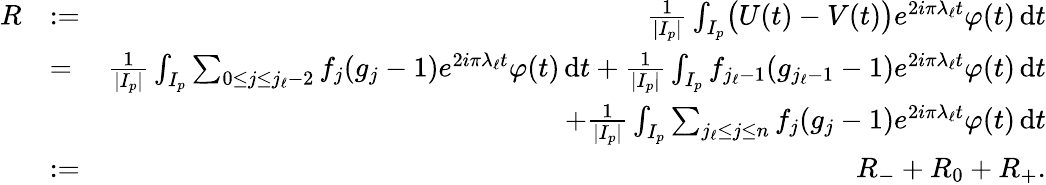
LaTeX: \begin{array}{rlr}{R}&{:=}&{\frac{1}{|I_{p}|}\int_{I_{p}}\bigl(U(t)-V(t)\bigr)e^{2i\pi\lambda_{\ell}t}\varphi(t)\, \mathrm{d}t}\\ &{=}&{\frac{1}{|I_{p}|}\int_{I_{p}}\sum_{0\leq j\leq j_{\ell}-2}f_{j}(g_{j}-1)e^{2i\pi\lambda_{\ell}t}\varphi(t)\, \mathrm{d}t+\frac{1}{|I_{p}|}\int_{I_{p}}f_{j_{\ell}-1}(g_{j_{\ell}-1}-1)e^{2i\pi\lambda_{\ell}t}\varphi(t)\, \mathrm{d}t}\\ &{}&{+\frac{1}{|I_{p}|}\int_{I_{p}}\sum_{j_{\ell}\leq j\leq n}f_{j}(g_{j}-1)e^{2i\pi\lambda_{\ell}t}\varphi(t)\, \mathrm{d}t}\\ &{:=}&{R_{-}+R_{0}+R_{+}.}\end{array}